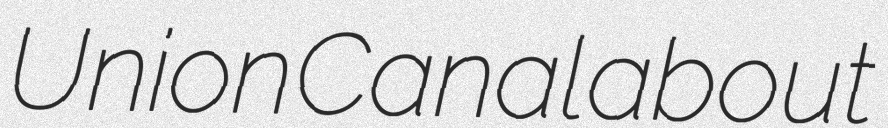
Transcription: Union Canal about